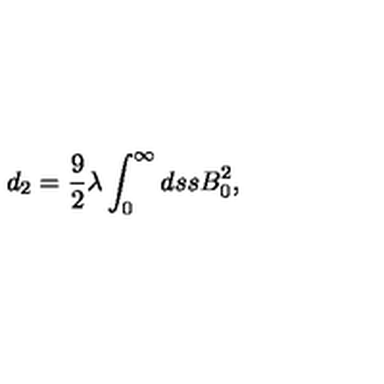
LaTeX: d _ { 2 } = \frac { 9 } { 2 } \lambda \int _ { 0 } ^ { \infty } d s s B _ { 0 } ^ { 2 } ,